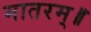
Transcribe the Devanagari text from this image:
मातरम्॥